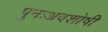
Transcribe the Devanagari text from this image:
पुनःअवशोषी